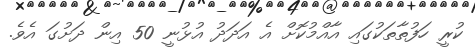
ކުރީ ހަފުތާތަކުގައި އާއްމުކޮށް އެ އަދަދު އުޅުނީ 50 އިން ދަށުގަ އެވެ.